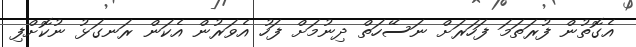
އެގޮތުން ފުރަތަމަ ފަހަރަށް ނަސޭހަތް ދިނުމަށް ފަހު އެވަރުން އެކަން ރަނގަޅު ނުކޮށްފި